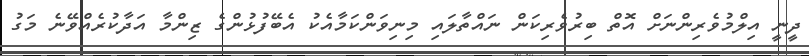
ދީނީ އިލްމުވެރިންނަށް އޮތް ބިރުވެރިކަން ނައްތާލައި މިނިވަންކަމާއެކު އެބޭފުޅުންގެ ޒިންމާ އަދާކުރެއްވޭނެ މަގު